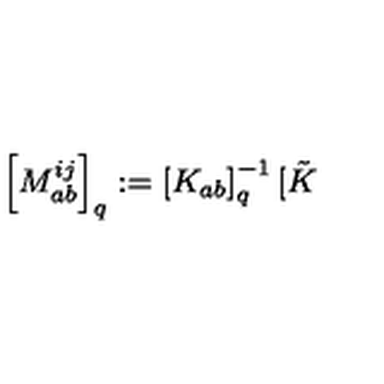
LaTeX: \left[ M _ { a b } ^ { i j } \right] _ { q } : = \left[ K _ { a b } \right] _ { q } ^ { - 1 } [ \tilde { K }